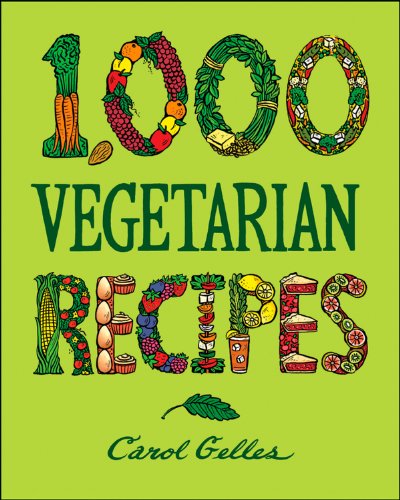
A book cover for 1,000 Vegetarian Recipes; Carol Gelles; Health, Fitness & Dieting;